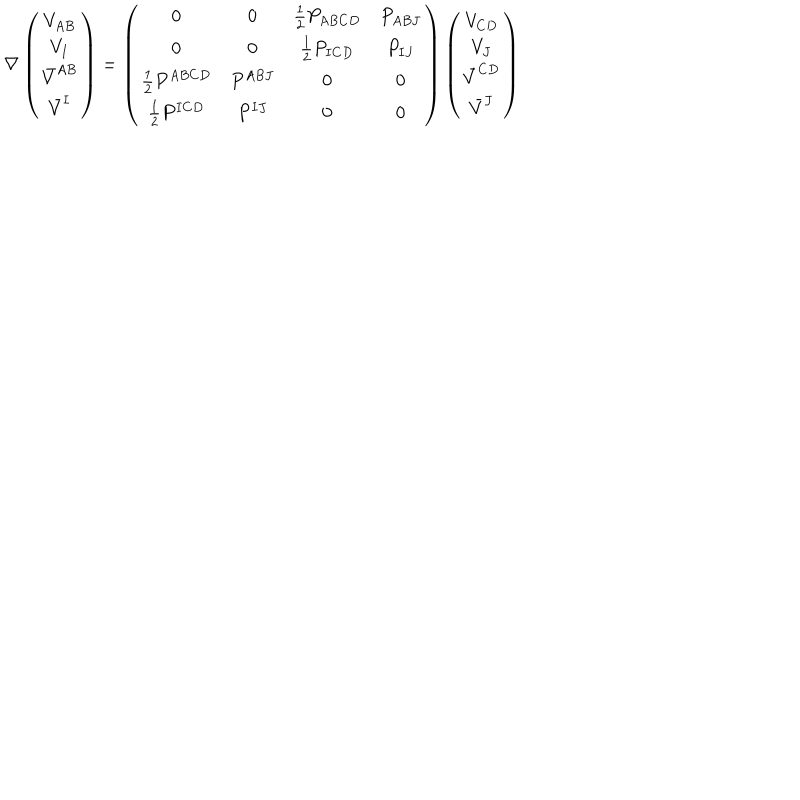
\nabla \left( \begin{matrix} { { V _ { A B } } } \\ { { V _ { I } } } \\ { { \bar { V } ^ { A B } } } \\ { { \bar { V } ^ { I } } } \\ \end{matrix} \right) = \left( \begin{matrix} { { 0 } } & { { 0 } } & { { { \frac { 1 } { 2 } } P _ { A B C D } } } & { { P _ { A B J } } } \\ { { 0 } } & { { 0 } } & { { { \frac { 1 } { 2 } } P _ { I C D } } } & { { P _ { I J } } } \\ { { { \frac { 1 } { 2 } } P ^ { A B C D } } } & { { P ^ { A B J } } } & { { 0 } } & { { 0 } } \\ { { { \frac { 1 } { 2 } } P ^ { I C D } } } & { { P ^ { I J } } } & { { 0 } } & { { 0 } } \\ \end{matrix} \right) \left( \begin{matrix} { { V _ { C D } } } \\ { { V _ { J } } } \\ { { \bar { V } ^ { C D } } } \\ { { \bar { V } ^ { J } } } \\ \end{matrix} \right)